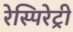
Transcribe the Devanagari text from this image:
रेस्पिरेट्री